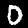
Label: 0